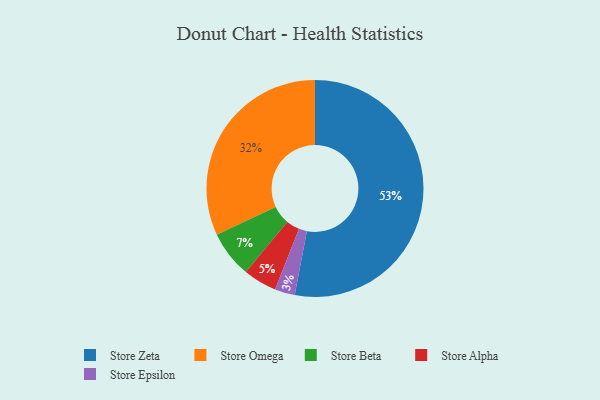
{"axis": {"x": "Category", "y": "Percentage"}, "legend": ["Store Alpha", "Store Beta", "Store Epsilon", "Store Omega", "Store Zeta"], "data": [{"x": "Store Zeta", "y": 53, "type": "Store Zeta"}, {"x": "Store Alpha", "y": 5, "type": "Store Alpha"}, {"x": "Store Beta", "y": 7, "type": "Store Beta"}, {"x": "Store Epsilon", "y": 3, "type": "Store Epsilon"}, {"x": "Store Omega", "y": 32, "type": "Store Omega"}]}